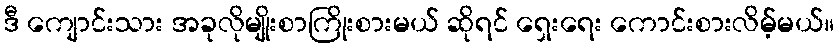
ဒီ ကျောင်းသား အခုလိုမျိုးစာကြိုးစားမယ် ဆိုရင် ရှေးရေး ကောင်းစားလိမ့်မယ်။